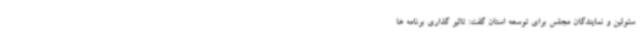
سئولین و نمایندگان مجلس برای توسعه استان گفت: تاثیر گذاری برنامه ها